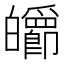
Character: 𤾽